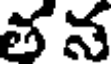
త న